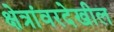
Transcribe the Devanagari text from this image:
क्षेत्रांवरदेखील